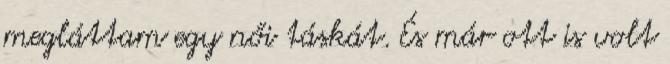
megláttam egy női táskát. És már ott is volt